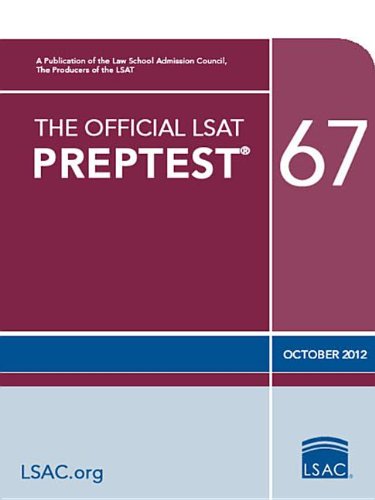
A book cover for The Official LSAT PrepTest 67: (Oct. 2012 LSAT); Law School Admission Council; Test Preparation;